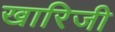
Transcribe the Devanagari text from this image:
खारिजी